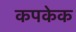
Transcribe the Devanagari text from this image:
कपकेक